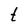
Character: t